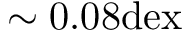
\sim 0 . 0 8 \mathrm { d e x }